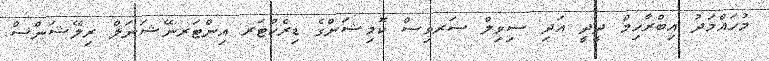
މުހައްމަދު އިބްރާހިމް ދީދީ އަދި ސިވިލް ސަރވިސް ކޮމިޝަންގެ ޑިރެކްޓަރ އިންޓަރނޭޝަނަލް ރިލޭޝަންސް